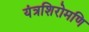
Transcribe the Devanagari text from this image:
यंत्रशिरोमणि